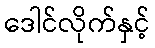
ဒေါင်လိုက်နှင့်